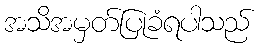
အသိအမှတ်ပြုခံရပါသည်